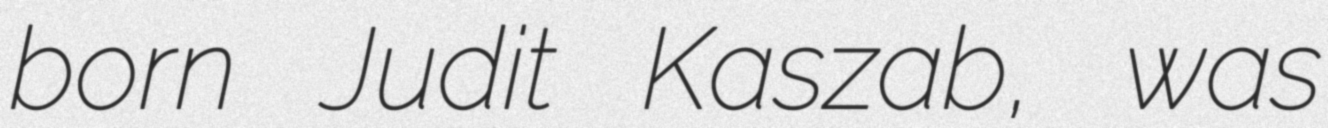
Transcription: born Judit Kaszab, was